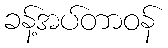
ခန့်အပ်တာဝန်